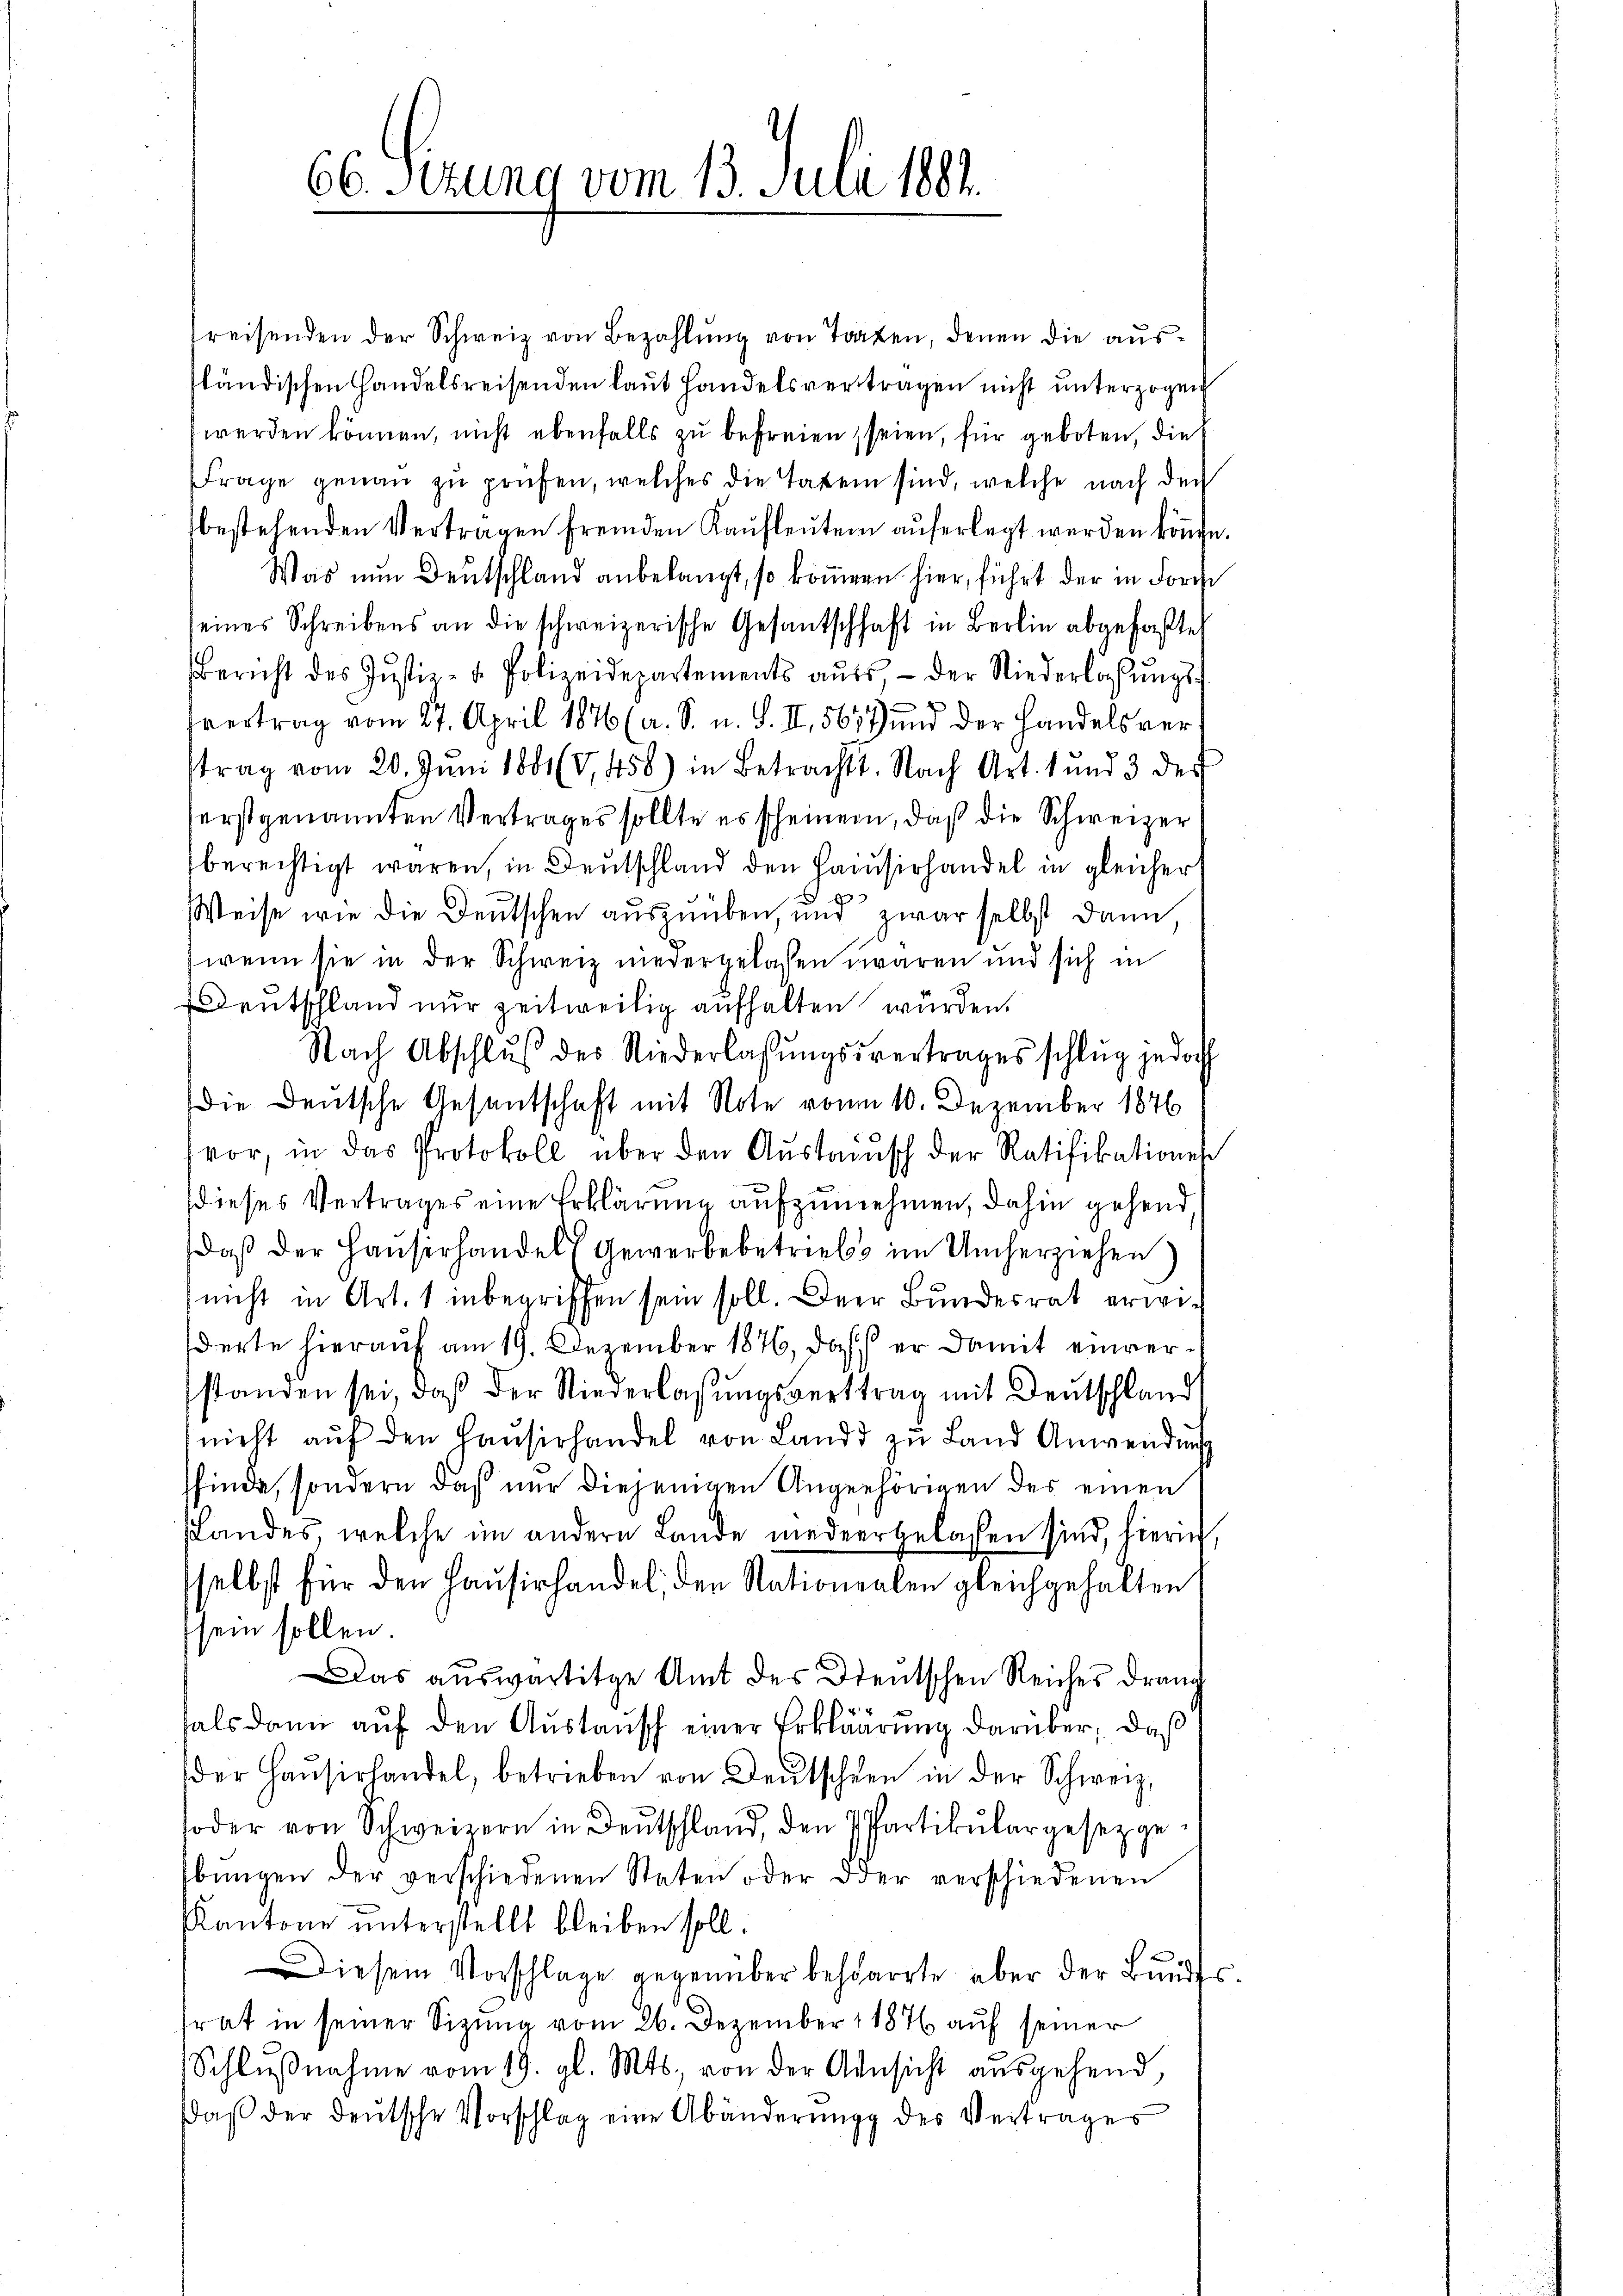
66. Ferung vom 13. Juli 1881.

Preisenden der Schweiz von Bezahlung von Torten, denen die austländischen Handelsreisenden laut Handelsvertragen nicht unterzogen
werden können, nicht ebenfalls zu befreien, seien, für geboten, die
Frage genaŭ zŭ prüfen, welches die Taten sind, welche nach den
bestehenden Vertragen fremden Kaufleuten auferlegt werden könne
Was nun Deutschland anbelangt, so kömern hier, führt der in Forch
seines Schreibens an die schweizerische Gesantschhaft in Berlin abgefaßte
Bericht des Justiz- u. Polizeidepartements aŭs der Niederlassŭngs-
fvertrag vom 27. April 1876 (a. S. u. S. II., 567 und der Handels vertrag vom 20. Juni 1881 (V,458) in Betracht. Nach Art. 1 und 3 der
erstgenannten Vertrages sollte es scheinern, daß die Schweizer
berechtigt waren, in Deutschland den Hausirhandel in gleichert
Weise wie die Deutschen auszuüben, und zwar selbst dann,
(wenn sie in der Schweiz niedergelassen waren und sich in
Dentschland nur zeitweilig aufhalten würden.
Nach Abschlŭβ des Niederlassŭngsvertrages schlŭg jedoch
Die Deutsche Gesantschaft mit Note vonm 10. Dezember 1876
vor, in das Protokoll über den Aŭstrisch der Ratifikationes
dieses Vertrages eine Erklärung aufzunehmen, dahin gehend,
daβ der Haŭserhandels Gewerbebetrieb im Umherziehen)
nicht in Art. 1 inbegriffen sein soll. Der Bundesrat erwie
derte hierauf am 19. Dezember 1876, daß er damit einverstanden sei, daß der Niederlassungsvertrag mit Deutschland
nicht aŭf den Haŭsirhandel von Land zu Land Anwendung
sfinde, sondern daß nur diejenigen Ungehörigen des einen
Landes, welche im andern Lande niedergelassen sind, hierin,
selbst für den Hausirhandel, den Nationalen gleichgehalten
sein sollen.
Das auswärtige Amt des Steutschen Reiches drang
fals dann auf den Austausch einer Erklärung darüber, daß
der Haŭsirhandel, betrieben von Deutschen in der Schweiz,
soder von Schweizern in Deutschland, den 7 Partikulargesetzgebŭngen der verschiedenen Staten oder oder verschiedenen
Kantone unterstellt bleiben soll.
Diesem Vorschlage gegenüber bescharrte aber der Bundes
frat in seiner Sitzŭng vom 26. Dezember 1876 auf seiner
Schlŭβnahme vom 19. gl. Mts. von der Ansicht ausgehend,
daβ der deutsche Vorschlag eine Abänderung des Vertrages

.